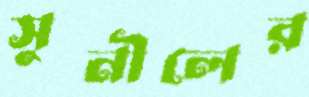
সুনীলের